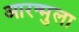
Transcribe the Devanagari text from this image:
आरन्मुला